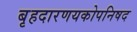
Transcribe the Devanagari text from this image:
बृहदारणयकोपनिषद